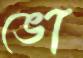
ভো